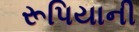
રૂપિયાની